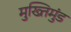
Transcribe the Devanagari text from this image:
मुख्तिमुंड